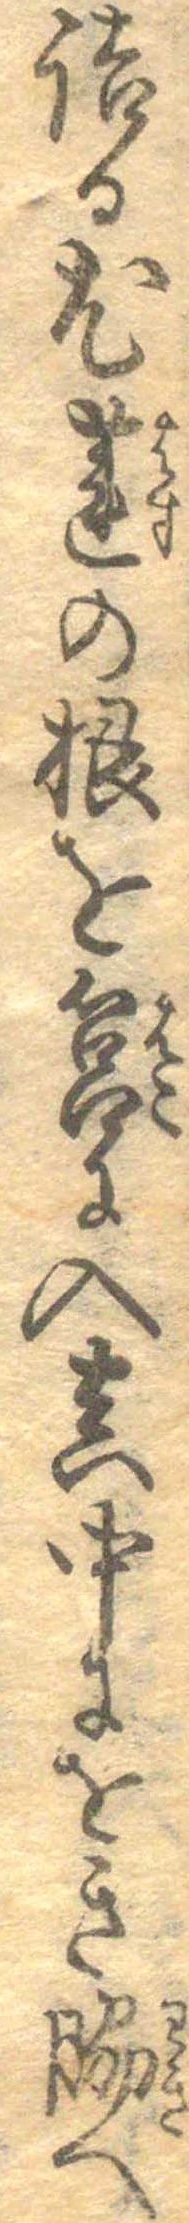
詰る尤蓮の根を筥に入真中にをき脇へ